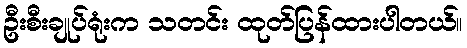
ဦးစီးချုပ်ရုံးက သတင်း ထုတ်ပြန်ထားပါတယ်။